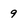
Character: 9